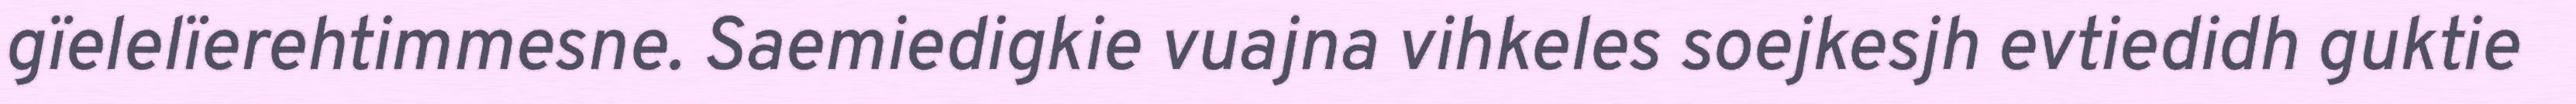
gïelelïerehtimmesne. Saemiedigkie vuajna vihkeles soejkesjh evtiedidh guktie